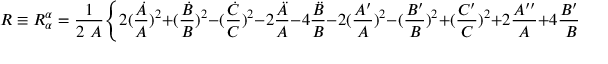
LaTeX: R \equiv R _ { \alpha } ^ { \alpha } = \frac { 1 } { 2 ~ A } \Biggl \{ 2 ( \frac { \dot { A } } { A } ) ^ { 2 } + ( \frac { \dot { B } } { B } ) ^ { 2 } - ( \frac { \dot { C } } { C } ) ^ { 2 } - 2 \frac { \ddot { A } } { A } - 4 \frac { \ddot { B } } { B } - 2 ( \frac { A ^ { \prime } } { A } ) ^ { 2 } - ( \frac { B ^ { \prime } } { B } ) ^ { 2 } + ( \frac { C ^ { \prime } } { C } ) ^ { 2 } + 2 \frac { A ^ { \prime \prime } } { A } + 4 \frac { B ^ { \prime \prime } } { B } \Biggr \} .